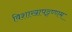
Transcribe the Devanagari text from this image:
विशाखापट्टण्णम